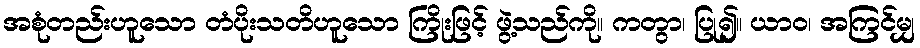
အစုံတည်းဟူသော တံပိုးသတိဟူသော ကြိုးဖြင့် ဖွဲ့သည်ကို။ ကတွာ၊ ပြု၍။ ယာဝ၊ အကြင်မျှ